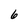
Character: 6